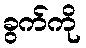
ခွက်ကို